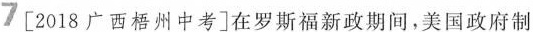
7[2018广西梧州中考]在罗斯福新政期间，美国政府制